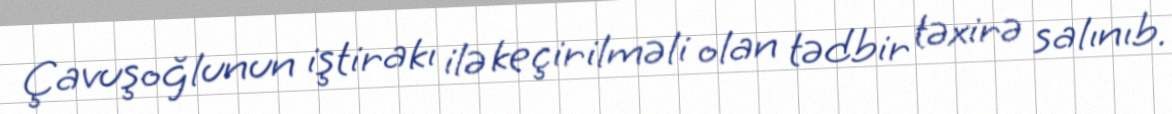
Çavuşoğlunun iştirakı ilə keçirilməli olan tədbir təxirə salınıb.